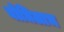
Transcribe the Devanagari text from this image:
बोधिलाभ